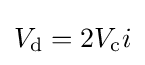
V_{\text{d}}=2V_{\text{c}}i